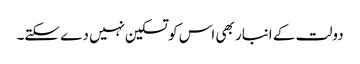
دولت کے انبار بھی اس کو تسکین نہیں دے سکتے۔